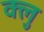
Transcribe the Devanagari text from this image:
क्लु